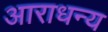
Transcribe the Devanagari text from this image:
आराधन्य